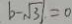
b - \sqrt { 3 } \vert = 0